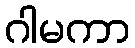
ဂါမကာ